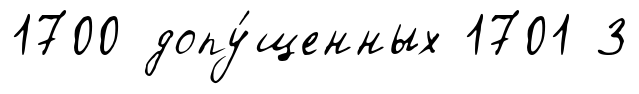
1700 допу́щенных 1701 3